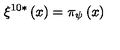
\xi ^ { 1 0 * } \left( x \right) = \pi _ { \psi } \left( x \right)